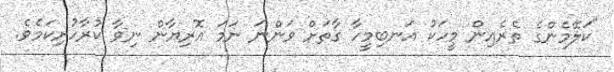
"ކަލޭމެންގެ ތެރެއިން މީހަކު އަނބިމީހާ ގާތަށް ވަންނަ ނަމަ އޮރިޔާން ނިވާ ކުރާހުށިކަމެވެ.